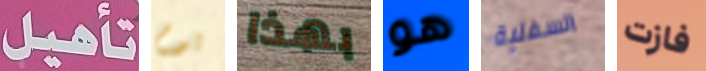
تأهيل يوم بهذا هو السفلية فازت